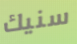
سنيك